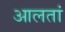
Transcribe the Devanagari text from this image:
आलतां